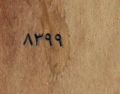
٨٣٩٩